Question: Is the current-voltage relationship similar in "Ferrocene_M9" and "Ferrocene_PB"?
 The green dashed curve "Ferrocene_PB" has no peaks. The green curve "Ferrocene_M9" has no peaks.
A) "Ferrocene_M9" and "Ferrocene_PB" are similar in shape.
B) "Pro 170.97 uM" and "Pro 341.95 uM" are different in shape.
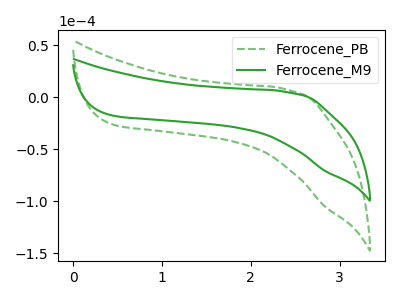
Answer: <think>Neither "Ferrocene_M9" or "Ferrocene_PB" have any peaks.
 </think>
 <answer>A) "Ferrocene_M9" and "Ferrocene_PB" are similar in shape.</answer>
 <eval>A</eval>